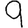
Digit: 9